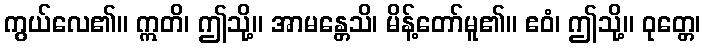
ကွယ်လေ၏။ ဣတိ၊ ဤသို့။ အာမန္တေသိ၊ မိန့်တော်မူ၏။ ဧဝံ၊ ဤသို့။ ဝုတ္တေ၊